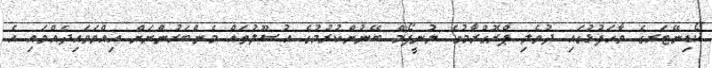
ކޯޑިނޭޓަރގެ ވާހަފުޅުގައި ދުވެލި ޕްރޮގްރާމުގެ ޔުނީފޯމް ބޭނުންކުރުމުގެ އުޞޫލުތައް މެންބަރުންނަށް އިއްވަވައިދެއްވައި އެ